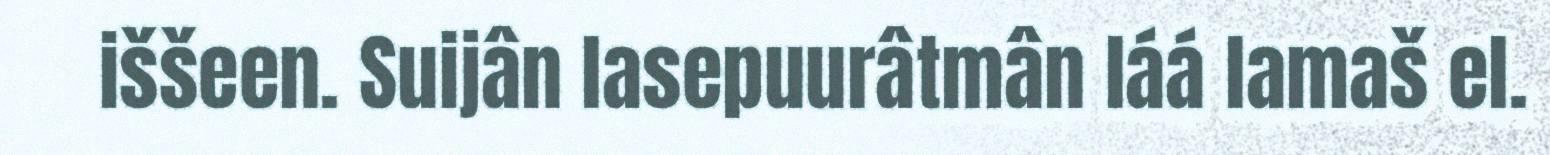
iššeen. Suijân lasepuurâtmân láá lamaš el.